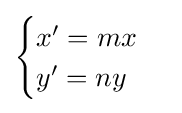
{\begin{cases}x'=mx\\y'=ny\end{cases}}